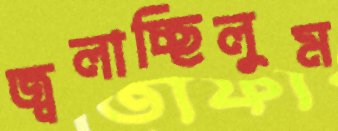
জ্বলাচ্ছিলুম